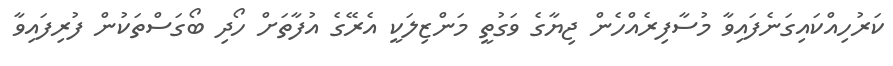
ކަރުހިއްކައިގަނެފައިވާ މުސާފިރެއްހެން ޖިޔާގެ ވަގުތީ މަންޒިލަކީ އެރޭގެ އުފާތަށް ހޯދި ބޯގަސްތަކުން ފުރިފައިވާ